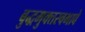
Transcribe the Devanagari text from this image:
बुद्धमुक्तस्वभावे